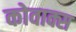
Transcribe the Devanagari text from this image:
कोवाक्स